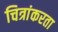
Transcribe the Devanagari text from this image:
चित्रांकरता